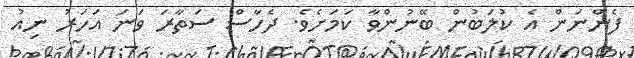
ފެންނަން އެ ކުލަބުން ބޭނުންވާ ކަމަށެވެ. ދެހާސް ސަތާރަ ވަނަ އަހަރު ނިއު